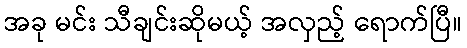
အခု မင်း သီချင်းဆိုမယ့် အလှည့် ရောက်ပြီ။